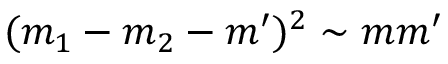
( m _ { 1 } - m _ { 2 } - m ^ { \prime } ) ^ { 2 } \sim m m ^ { \prime }